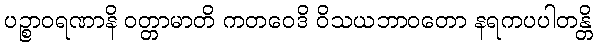
ပဉ္စာဝရဏာနိ ဝတ္တာမာတိ ကတဝေဒိ ဝိသယဘာဝတော နရကပပါတန္တိ